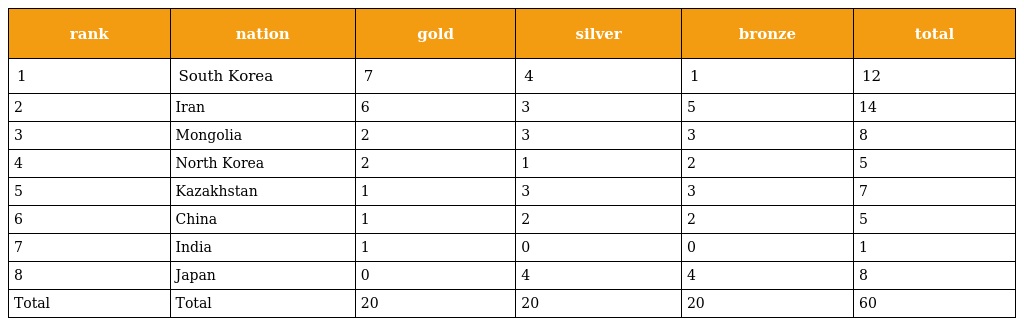
| rank | nation | gold | silver | bronze | total |
 | --- | --- | --- | --- | --- | --- |
 | 1 | South Korea | 7 | 4 | 1 | 12 |
 | 2 | Iran | 6 | 3 | 5 | 14 |
 | 3 | Mongolia | 2 | 3 | 3 | 8 |
 | 4 | North Korea | 2 | 1 | 2 | 5 |
 | 5 | Kazakhstan | 1 | 3 | 3 | 7 |
 | 6 | China | 1 | 2 | 2 | 5 |
 | 7 | India | 1 | 0 | 0 | 1 |
 | 8 | Japan | 0 | 4 | 4 | 8 |
 | Total | Total | 20 | 20 | 20 | 60 |